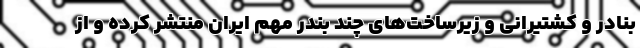
بنادر و کشتیرانی و زیرساخت‌های چند بندر مهم ایران منتشر کرده و از